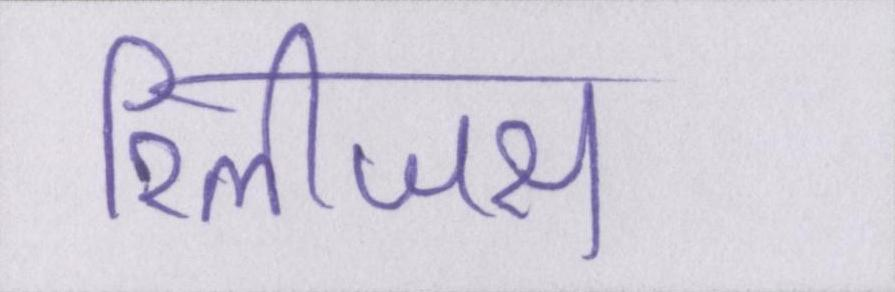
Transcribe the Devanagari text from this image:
रिलीजस